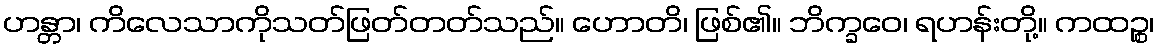
ဟန္တာ၊ ကိလေသာကိုသတ်ဖြတ်တတ်သည်။ ဟောတိ၊ ဖြစ်၏။ ဘိက္ခဝေ၊ ရဟန်းတို့။ ကထဉ္စ၊